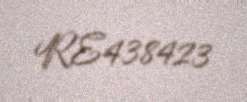
RE438423